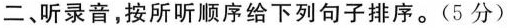
二、听录音,按所听顺序给下列句子排序。(5 分)